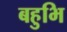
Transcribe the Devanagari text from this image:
बहुभि